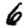
Digit: 6